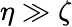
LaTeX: \eta\gg\zeta